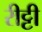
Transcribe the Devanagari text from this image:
रीट्टी